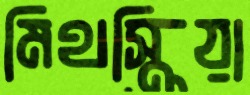
মিথস্ক্রিয়া